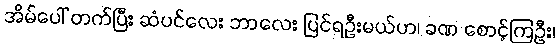
အိမ်ပေါ် တက်ပြီး ဆံပင်လေး ဘာလေး ပြင်ရဦးမယ်ဟ၊ ခဏ စောင့်ကြဦး၊